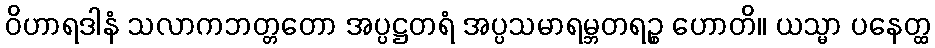
ဝိဟာရဒါနံ သလာကဘတ္တတော အပ္ပဋ္ဌတရံ အပ္ပသမာရမ္ဘတရဉ္စ ဟောတိ။ ယသ္မာ ပနေတ္ထ